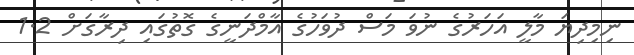
ނިމިދިޔަ މާލީ އަހަރުގެ ނުވަ މަސް ދުވަހުގެ އާމްދަނީގެ ގޮތުގައި ދިރާގަށް 1.2